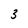
Character: 3